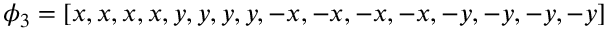
\phi _ { 3 } = [ x , x , x , x , y , y , y , y , - x , - x , - x , - x , - y , - y , - y , - y ]